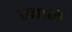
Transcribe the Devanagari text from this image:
डहाळे